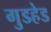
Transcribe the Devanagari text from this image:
गुडहेड